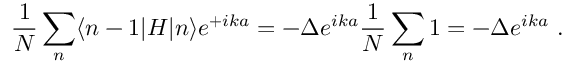
{ \frac { 1 } { N } } \sum _ { n } \langle n - 1 | H | n \rangle e ^ { + i k a } = - \Delta e ^ { i k a } { \frac { 1 } { N } } \sum _ { n } 1 = - \Delta e ^ { i k a } \ .